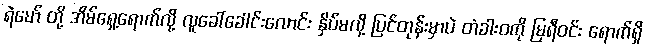
ရဲမော် တို့ အိမ်ရှေ့ရောက်လို့ လူခေါ်ခေါင်းလောင်း နှိပ်မလို့ ပြင်တုန်းမှာပဲ တံခါးဝကို မြရီဝင်း ရောက်ရှိ